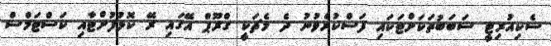
ސެކިއުރިޓީ ސަބަބުތަކަށްޓަކައި ފަސްކުރެވުނު ދެ މެޗަކީ ގްރޫޕް އޭގައި ރޭ ކޮޅުފުށްޓާއި ކަސްޓަމްސް